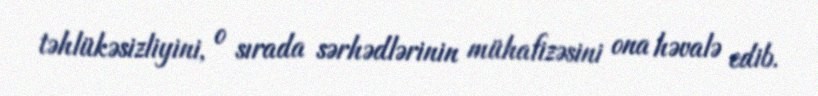
təhlükəsizliyini, o sırada sərhədlərinin mühafizəsini ona həvalə edib.